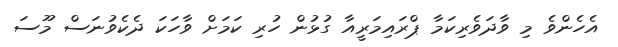
އެހެންވެ މި ވާދަވެރިކަމާ ޕްރައިމަރީއާ ގުޅުން ހުރި ކަމަށް ވާހަކަ ދެކެވުނަސް މޫސަ